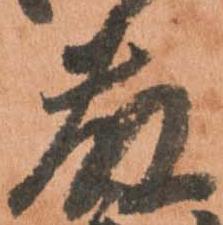
藤